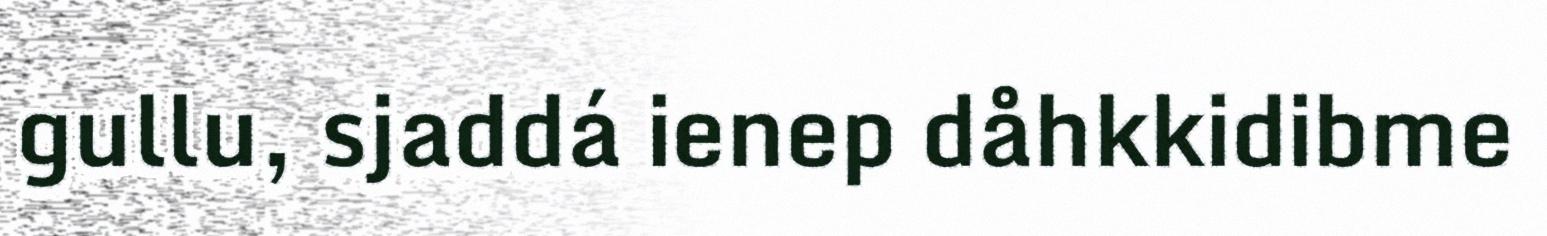
gullu, sjaddá ienep dåhkkidibme